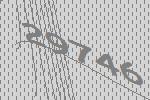
29746